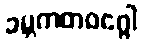
ခမ္ဘကတဝဂ္ဂေါ